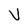
Character: V